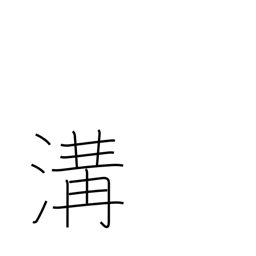
Meaning: sewer